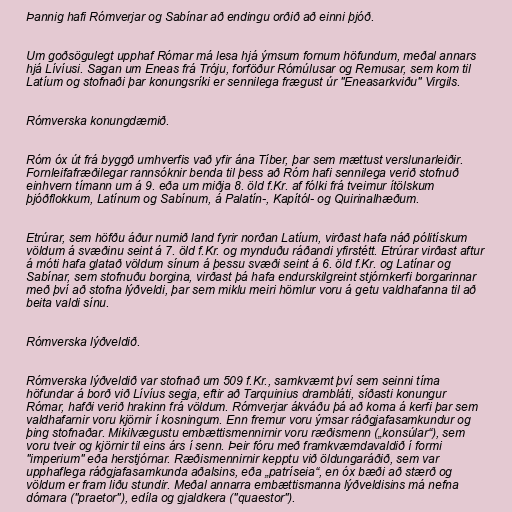
Þannig hafi Rómverjar og Sabínar að endingu orðið að einni þjóð.

Um goðsögulegt upphaf Rómar má lesa hjá ýmsum fornum höfundum, meðal annars
hjá Lívíusi. Sagan um Eneas frá Tróju, forföður Rómúlusar og Remusar, sem kom til
Latíum og stofnaði þar konungsríki er sennilega frægust úr "Eneasarkviðu" Virgils.

Rómverska konungdæmið.

Róm óx út frá byggð umhverfis vað yfir ána Tíber, þar sem mættust verslunarleiðir.
Fornleifafræðilegar rannsóknir benda til þess að Róm hafi sennilega verið stofnuð
einhvern tímann um á 9. eða um miðja 8. öld f.Kr. af fólki frá tveimur ítölskum
þjóðflokkum, Latínum og Sabínum, á Palatín-, Kapítól- og Quirinalhæðum.

Etrúrar, sem höfðu áður numið land fyrir norðan Latíum, virðast hafa náð pólitískum
völdum á svæðinu seint á 7. öld f.Kr. og mynduðu ráðandi yfirstétt. Etrúrar virðast aftur
á móti hafa glatað völdum sínum á þessu svæði seint á 6. öld f.Kr. og Latínar og
Sabínar, sem stofnuðu borgina, virðast þá hafa endurskilgreint stjórnkerfi borgarinnar
með því að stofna lýðveldi, þar sem miklu meiri hömlur voru á getu valdhafanna til að
beita valdi sínu.

Rómverska lýðveldið.

Rómverska lýðveldið var stofnað um 509 f.Kr., samkvæmt því sem seinni tíma
höfundar á borð við Lívíus segja, eftir að Tarquinius drambláti, síðasti konungur
Rómar, hafði verið hrakinn frá völdum. Rómverjar ákváðu þá að koma á kerfi þar sem
valdhafarnir voru kjörnir í kosningum. Enn fremur voru ýmsar ráðgjafasamkundur og
þing stofnaðar. Mikilvægustu embættismennirnir voru ræðismenn („konsúlar“), sem
voru tveir og kjörnir til eins árs í senn. Þeir fóru með framkvæmdavaldið í formi
"imperium" eða herstjórnar. Ræðismennirnir kepptu við öldungaráðið, sem var
upphaflega ráðgjafasamkunda aðalsins, eða „patríseia“, en óx bæði að stærð og
völdum er fram liðu stundir. Meðal annarra embættismanna lýðveldisins má nefna
dómara ("praetor"), edíla og gjaldkera ("quaestor").